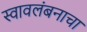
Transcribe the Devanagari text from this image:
स्वावलंबनाचा